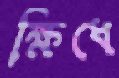
ক্ষিধে